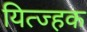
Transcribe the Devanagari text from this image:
यित्ज्हक